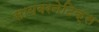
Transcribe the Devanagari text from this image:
सायबरनेटिक्स